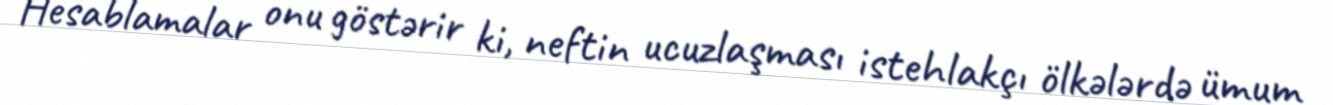
Hesablamalar onu göstərir ki, neftin ucuzlaşması istehlakçı ölkələrdə ümum